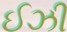
ઈઝી